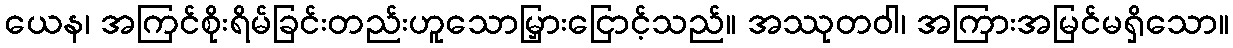
ယေန၊ အကြင်စိုးရိမ်ခြင်းတည်းဟူသောမြှားငြောင့်သည်။ အဿုတဝါ၊ အကြားအမြင်မရှိသော။